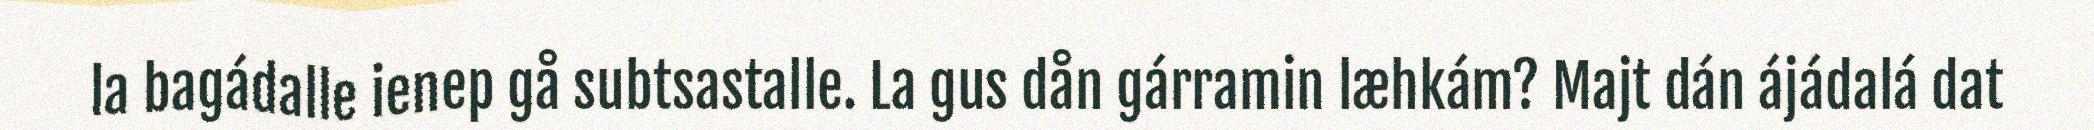
la bagádalle ienep gå subtsastalle. La gus dån gárramin læhkám? Majt dán ájádalá dat